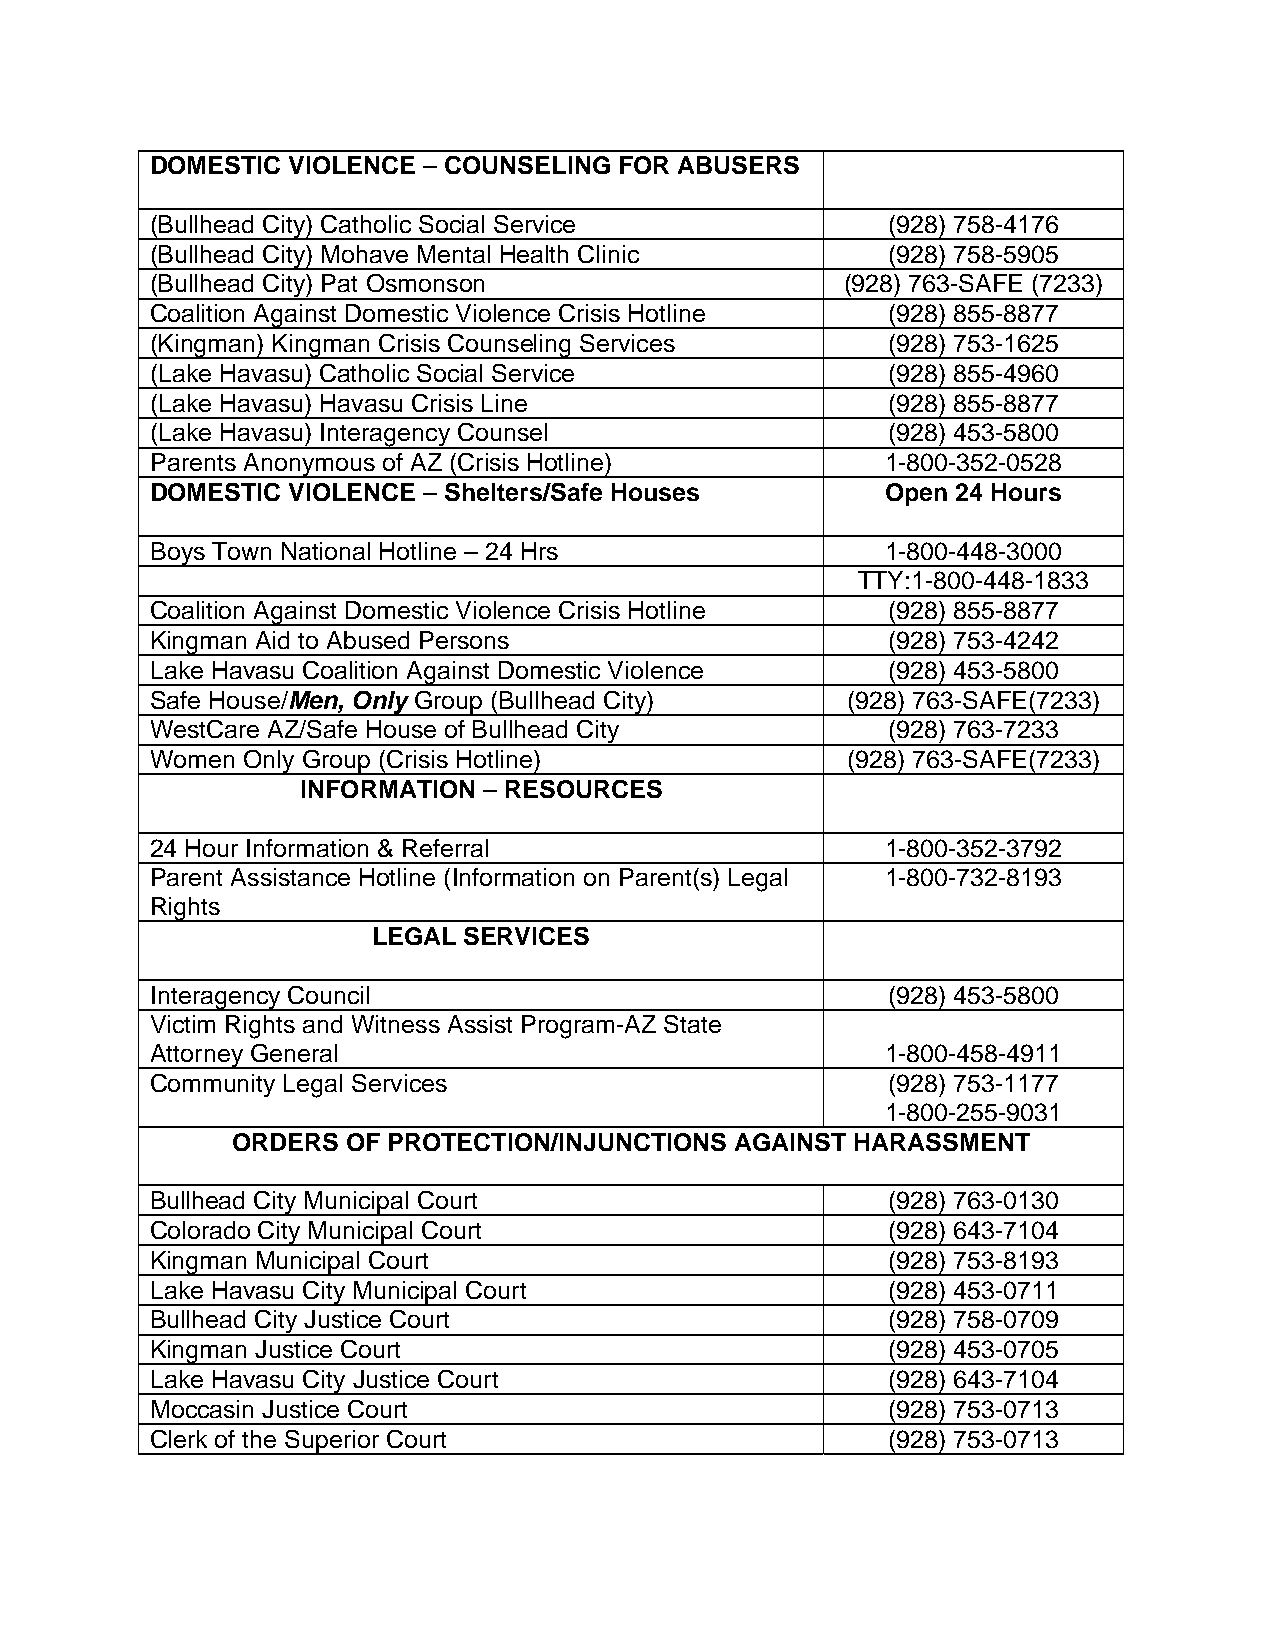
DOMESTIC VIOLENCE – COUNSELING FOR ABUSERS
 (Bullhead City) Catholic Social Service          (928) 758-4176
 (Bullhead City) Mohave Mental Health Clinic      (928) 758-5905
 (Bullhead City) Pat Osmonson                  (928) 763-SAFE (7233)
 Coalition Against Domestic Violence Crisis Hotline (928) 855-8877
 (Kingman) Kingman Crisis Counseling Services     (928) 753-1625
 (Lake Havasu) Catholic Social Service            (928) 855-4960
 (Lake Havasu) Havasu Crisis Line                 (928) 855-8877
 (Lake Havasu) Interagency Counsel                (928) 453-5800
 Parents Anonymous of AZ (Crisis Hotline)         1-800-352-0528
 DOMESTIC VIOLENCE – Shelters/Safe Houses         Open 24 Hours
 Boys Town National Hotline – 24 Hrs              1-800-448-3000
 TTY:1-800-448-1833
 Coalition Against Domestic Violence Crisis Hotline (928) 855-8877
 Kingman Aid to Abused Persons                    (928) 753-4242
 Lake Havasu Coalition Against Domestic Violence  (928) 453-5800
 Safe House/Men, Only Group (Bullhead City)    (928) 763-SAFE(7233)
 WestCare AZ/Safe House of Bullhead City          (928) 763-7233
 Women Only Group (Crisis Hotline)             (928) 763-SAFE(7233)
 INFORMATION – RESOURCES
 24 Hour Information & Referral                   1-800-352-3792
 Parent Assistance Hotline (Information on Parent(s) Legal 1-800-732-8193
 Rights
 LEGAL SERVICES
 Interagency Council                              (928) 453-5800
 Victim Rights and Witness Assist Program-AZ State
 Attorney General                                 1-800-458-4911
 Community Legal Services                         (928) 753-1177
 1-800-255-9031
 ORDERS  OF PROTECTION/INJUNCTIONS AGAINST HARASSMENT
 Bullhead City Municipal Court                    (928) 763-0130
 Colorado City Municipal Court                    (928) 643-7104
 Kingman Municipal Court                          (928) 753-8193
 Lake Havasu City Municipal Court                 (928) 453-0711
 Bullhead City Justice Court                      (928) 758-0709
 Kingman Justice Court                            (928) 453-0705
 Lake Havasu City Justice Court                   (928) 643-7104
 Moccasin Justice Court                           (928) 753-0713
 Clerk of the Superior Court                      (928) 753-0713